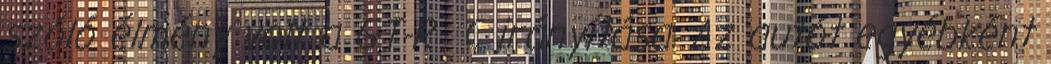
szóló élmény volt a GT-R C irányítása. Az autót egyébként